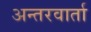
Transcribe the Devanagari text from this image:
अन्तरवार्ता